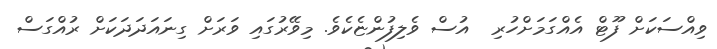
ވިއްސަކަށް ފޫޓް އެއްގަމަށްހުރި  އުސް ވެލިފުންޏެކެވެ. މިވޭރުގައި ވަރަށް ގިނައަދަދަކަށް ރުއްގަސް